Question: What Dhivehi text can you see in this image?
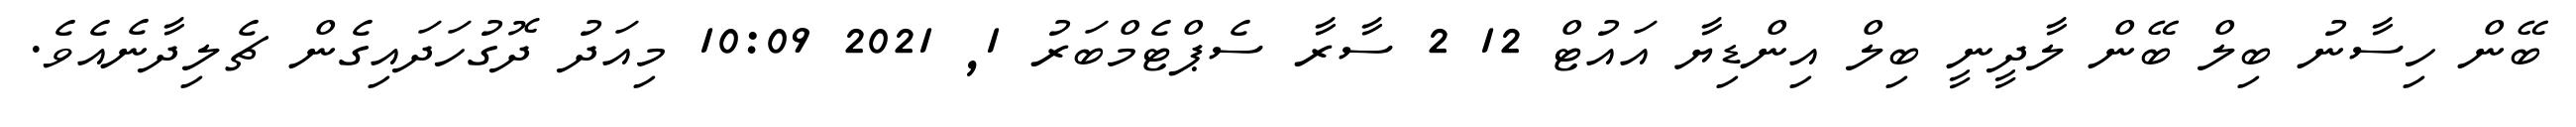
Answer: ބޭން ހިސާނު ބިލް ބޭން ލާދީނީ ބިލް އިންޑިޔާ އައުޓް 12 2 ސާރާ ސެޕްޓެމްބަރު 1, 2021 10:09 މިއަދު ދޮގުހަދައިގެން ޗެލިދާނެއެވެ.